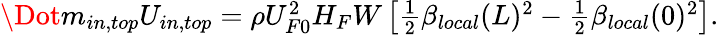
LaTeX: \begin{array}{r}{\Dot{m}_{in,top}U_{in,top}=\rho U_{F0}^{2}H_{F}W\left[\frac{1}{2}\beta_{local}(L)^{2}-\frac{1}{2}\beta_{local}(0)^{2}\right].}\end{array}